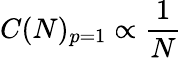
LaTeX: C(N)_{p=1}\propto\frac{1}{N}